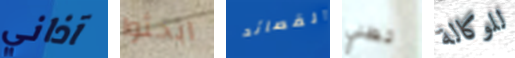
آذاني ابحثوا القصائد تظني للوكالة